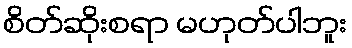
စိတ်ဆိုးစရာ မဟုတ်ပါဘူး